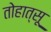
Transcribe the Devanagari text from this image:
तोहात्सू